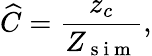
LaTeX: \widehat{C}=\frac{z_{c}}{Z_{\mathrm{~s~i~m~}}},